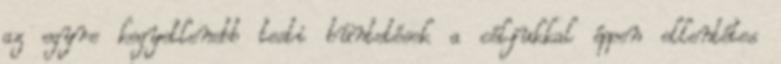
az egyre kegyetlenebb testi büntetések a céljukkal éppen ellentétes